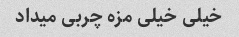
خیلی خیلی مزه چربی میداد